画像に写った文字を読んでください
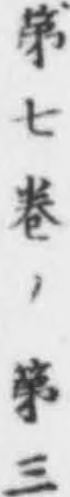
「第七巻ノ第三」と書いてあります